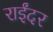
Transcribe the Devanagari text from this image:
राईंदर